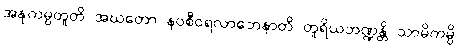
အနုကမ္ပတူတိ အဃတော နဝစီဝရလာဘေနာတိ တူရိယဘဏ္ဍန္တိ သာမိကမ္ပိ